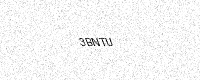
Text: 3BNTU